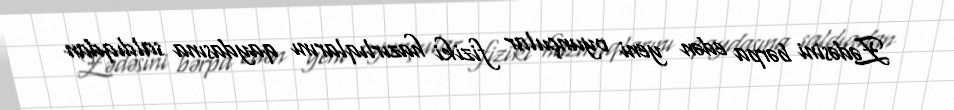
Zədəsini bərpa edən yeni oyunçular fiziki hazırlıqlarını qaydasına saldıqdan